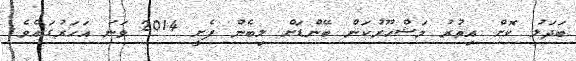
ބަދަލު ކޮށް އިތުރު މަޝްހޫރުކަން ބޭންޑަށް ލިބެން ފެށީ 2014 ވަނަ އަހަރުގައެވެ.